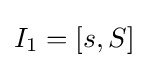
I_{1}=[s,S]